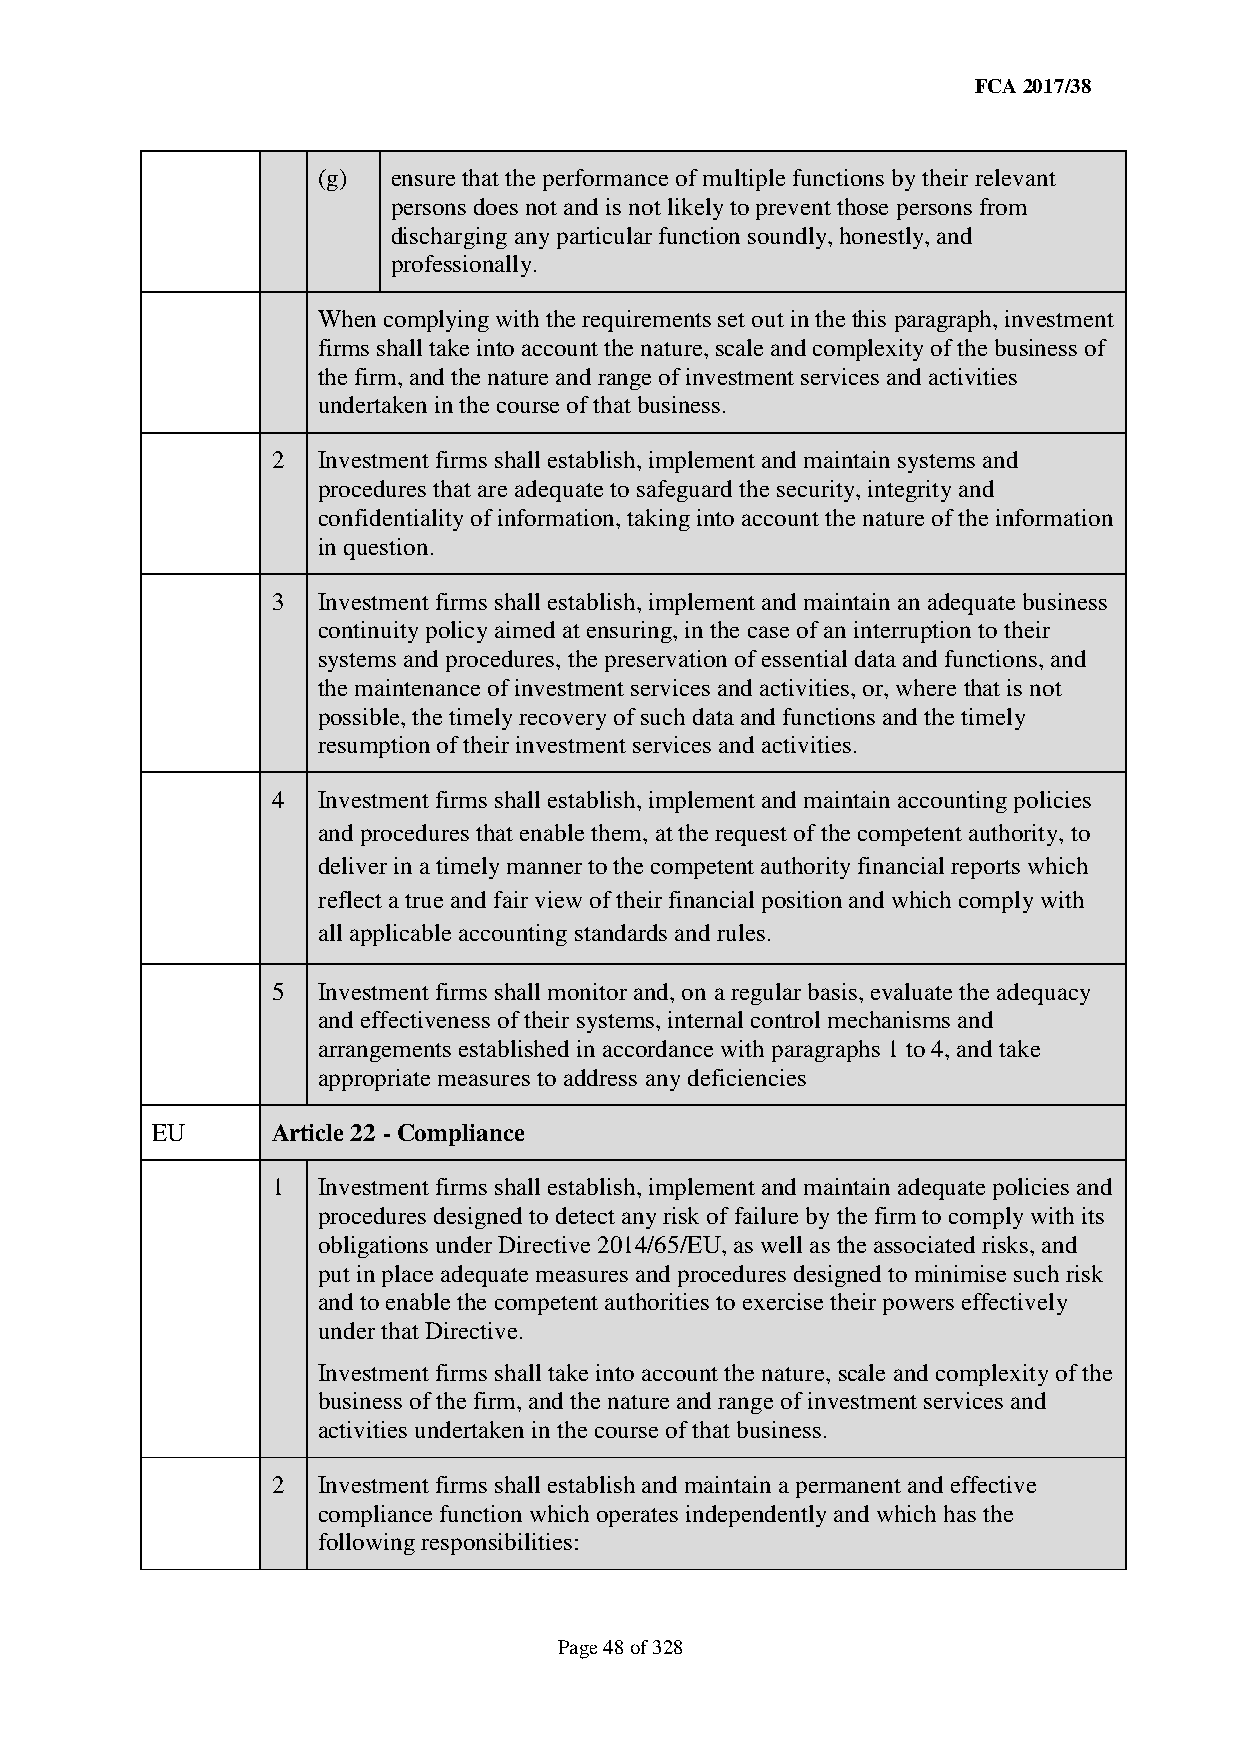
FCA 2017/38
 (g)  ensure that the performance of multiple functions by their relevant
 persons does not and is not likely to prevent those persons from
 discharging any particular function soundly, honestly, and
 professionally.
 When complying with the requirements set out in the this paragraph, investment
 firms shall take into account the nature, scale and complexity of the business of
 the firm, and the nature and range of investment services and activities
 undertaken in the course of that business.
 2  Investment firms shall establish, implement and maintain systems and
 procedures that are adequate to safeguard the security, integrity and
 confidentiality of information, taking into account the nature of the information
 in question.
 3  Investment firms shall establish, implement and maintain an adequate business
 continuity policy aimed at ensuring, in the case of an interruption to their
 systems and procedures, the preservation of essential data and functions, and
 the maintenance of investment services and activities, or, where that is not
 possible, the timely recovery of such data and functions and the timely
 resumption of their investment services and activities.
 4  Investment firms shall establish, implement and maintain accounting policies
 and procedures that enable them, at the request of the competent authority, to
 deliver in a timely manner to the competent authority financial reports which
 reflect a true and fair view of their financial position and which comply with
 all applicable accounting standards and rules.
 5  Investment firms shall monitor and, on a regular basis, evaluate the adequacy
 and effectiveness of their systems, internal control mechanisms and
 arrangements established in accordance with paragraphs 1 to 4, and take
 appropriate measures to address any deficiencies
 EU      Article 22 - Compliance
 1  Investment firms shall establish, implement and maintain adequate policies and
 procedures designed to detect any risk of failure by the firm to comply with its
 obligations under Directive 2014/65/EU, as well as the associated risks, and
 put in place adequate measures and procedures designed to minimise such risk
 and to enable the competent authorities to exercise their powers effectively
 under that Directive.
 Investment firms shall take into account the nature, scale and complexity of the
 business of the firm, and the nature and range of investment services and
 activities undertaken in the course of that business.
 2  Investment firms shall establish and maintain a permanent and effective
 compliance function which operates independently and which has the
 following responsibilities:
 Page 48 of 328